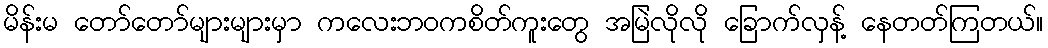
မိန်းမ တော်တော်များများမှာ ကလေးဘဝကစိတ်ကူးတွေ အမြဲလိုလို ခြောက်လှန့် နေတတ်ကြတယ်။